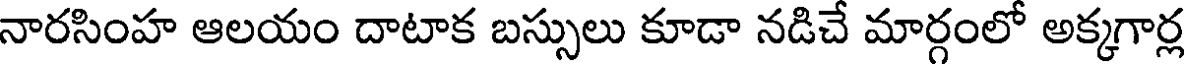
నారసింహ ఆలయం దాటాక బస్సులు కూడా నడిచే మార్గంలో అక్కగార్ల